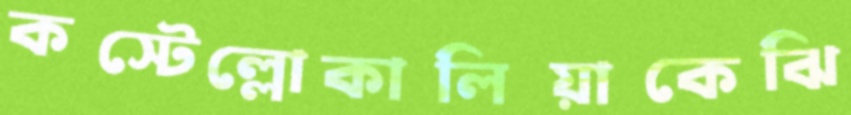
কস্টেল্লোকালিয়াকেঝি